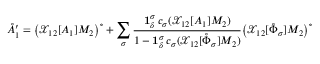
\mathring { A } _ { 1 } ^ { \prime } = \big ( \mathcal { X } _ { 1 2 } [ A _ { 1 } ] M _ { 2 } \big ) ^ { \circ } + \sum _ { \sigma } \frac { \mathbf { 1 } _ { \delta } ^ { \sigma } \, c _ { \sigma } ( \mathcal { X } _ { 1 2 } [ A _ { 1 } ] M _ { 2 } ) } { 1 - \mathbf { 1 } _ { \delta } ^ { \sigma } \, c _ { \sigma } ( \mathcal { X } _ { 1 2 } [ \mathring { \Phi } _ { \sigma } ] M _ { 2 } ) } \big ( \mathcal { X } _ { 1 2 } [ \mathring { \Phi } _ { \sigma } ] M _ { 2 } \big ) ^ { \circ }